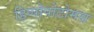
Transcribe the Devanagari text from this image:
हिप्पोपोटोमस